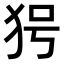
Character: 𤝐